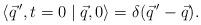
LaTeX: \begin{align*} \langle \vec q\,',t=0\mid \vec q,0 \rangle = \delta (\vec q\,'-\vec q).\end{align*}